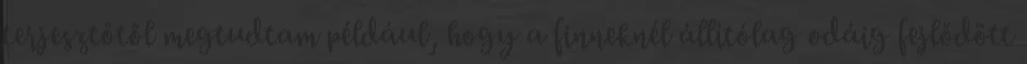
terjesztőtől megtudtam például, hogy a finneknél állítólag odáig fejlődött